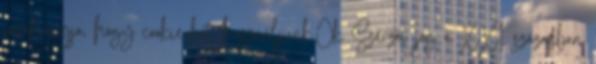
jóváhagyja, hogy cookie-kat használjunk.Ok Szerzői jog a XXI. században